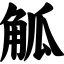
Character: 觚